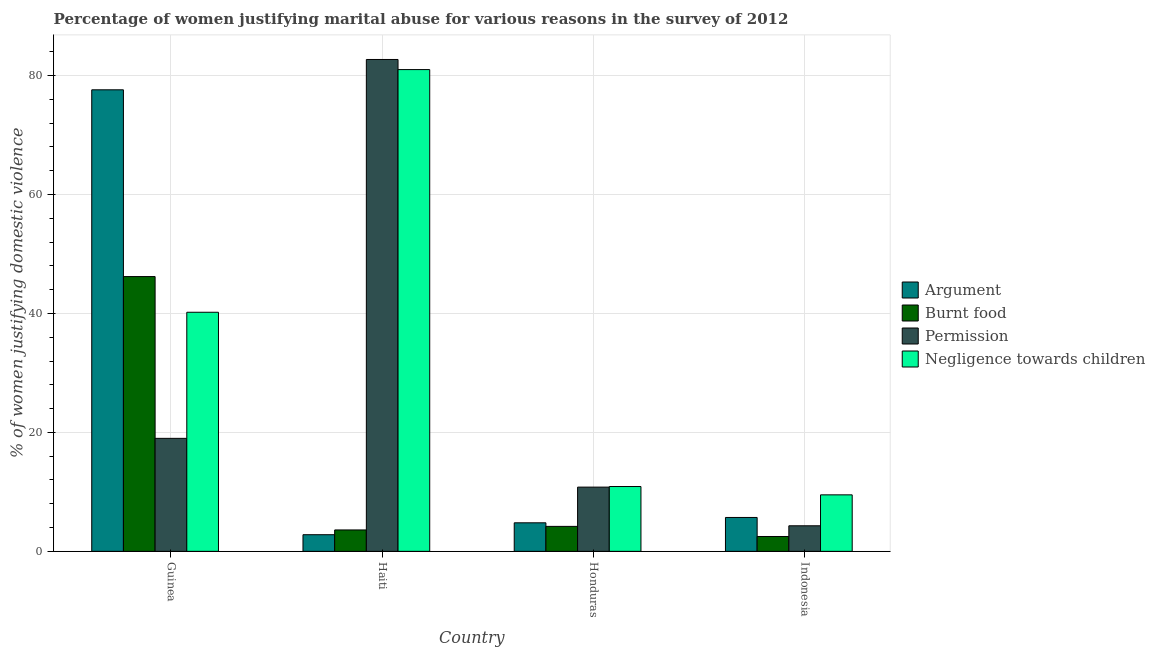
| Country | Argument | Burnt food | Permission | Negligence towards children |
 | --- | --- | --- | --- | --- |
 | Guinea | 77.6 | 46.2 | 19 | 40.2 |
 | Haiti | 2.8 | 3.6 | 82.7 | 81 |
 | Honduras | 4.8 | 4.2 | 10.8 | 10.9 |
 | Indonesia | 5.7 | 2.5 | 4.3 | 9.5 |